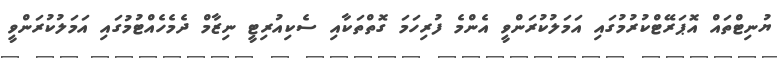
ޔުނިޓްތައް އޮޕަރޭޓްކުރުމުގައި އަމަލުކުރަންވީ އެންމެ ފުރިހަމަ ގޮތްތަކާއި ސެކިއުރިޓީ ނިޒާމް ދެމެހެއްޓުމުގައި އަމަލުކުރަންވީ